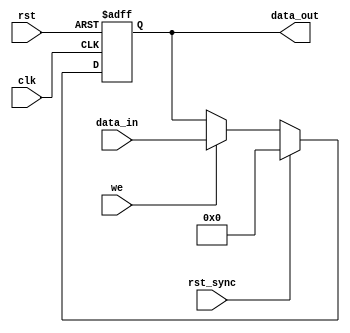

`timescale 1ns / 1ps


module can_register_asyn_syn
( data_in,
  data_out,
  we,
  clk,
  rst,
  rst_sync
);

parameter WIDTH = 8; // default parameter of the register width
parameter RESET_VALUE = 0;

input [WIDTH-1:0] data_in;
input             we;
input             clk;
input             rst;
input             rst_sync;

output [WIDTH-1:0] data_out;
reg    [WIDTH-1:0] data_out;



always @ (posedge clk or posedge rst)
begin
  if(rst)
    data_out<=#1 RESET_VALUE;
  else if (rst_sync)                  // synchronous reset
    data_out<=#1 RESET_VALUE;
  else if (we)                        // write
    data_out<=#1 data_in;
end



endmodule